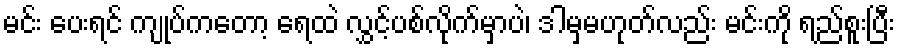
မင်း ပေးရင် ကျုပ်ကတော့ ရေထဲ လွှင့်ပစ်လိုက်မှာပဲ၊ ဒါမှမဟုတ်လည်း မင်းကို ရည်စူးပြီး